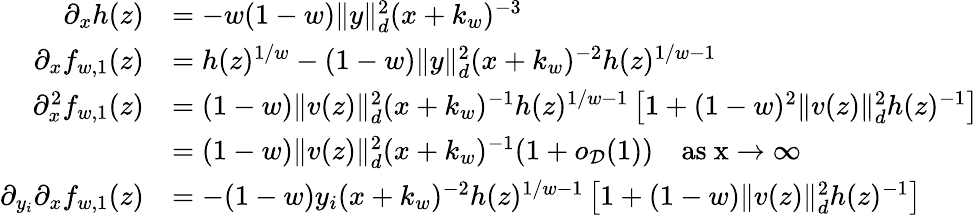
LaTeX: \begin{array}{rl}{\partial_{x}h(z)}&{=-w(1-w)\| y\| _{d}^{2}(x+k_{w})^{-3}}\\ {\partial_{x}f_{w,1}(z)}&{=h(z)^{1/w}-(1-w)\| y\| _{d}^{2}(x+k_{w})^{-2}h(z)^{1/w-1}}\\ {\partial_{x}^{2}f_{w,1}(z)}&{=(1-w)\| v(z)\| _{d}^{2}(x+k_{w})^{-1}h(z)^{1/w-1}\left[1+(1-w)^{2}\| v(z)\| _{d}^{2}h(z)^{-1}\right]}\\ &{=(1-w)\| v(z)\| _{d}^{2}(x+k_{w})^{-1}(1+o_{{\mathcal D}}(1))\quad\mathrm{as~x\to\infty~}}\\ {\partial_{y_{i}}\partial_{x}f_{w,1}(z)}&{=-(1-w)y_{i}(x+k_{w})^{-2}h(z)^{1/w-1}\left[1+(1-w)\| v(z)\| _{d}^{2}h(z)^{-1}\right]}\end{array}